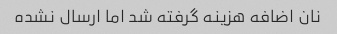
نان اضافه هزینه گرفته شد اما ارسال نشده